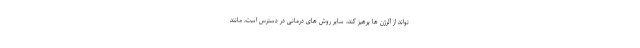
تواند از آلرژن ها پرهیز کند، سایر روش های درمانی در دسترس است، مانند